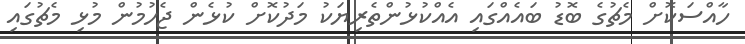
ހާއްސަކޮށް މެޗުގެ ބޮޑު ބައެއްގައި އެއްކުޅުންތެރިޔަކު މަދުކޮށް ކުޅެން ޖެހުމުން މުޅި މެޗުގައި